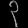
Digit: ၃